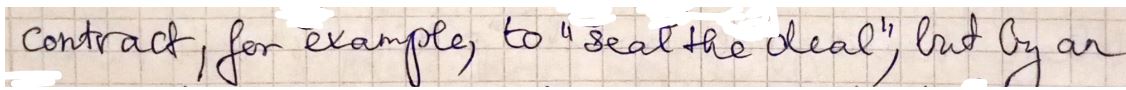
contract, for example, to " seal the ideal ", but by an